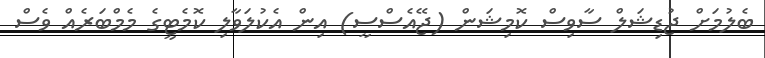
ބެލުމަށް ޖުޑިޝަލް ސާވިސް ކޮމިޝަން (ޖޭއެސްސީ) އިން އެކުލަވާލި ކޮމެޓީގެ މެމްބަރެއް ވެސް